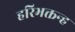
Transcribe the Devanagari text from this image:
हरिभक्तन्ह